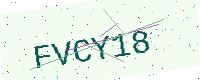
Text: FVCY18